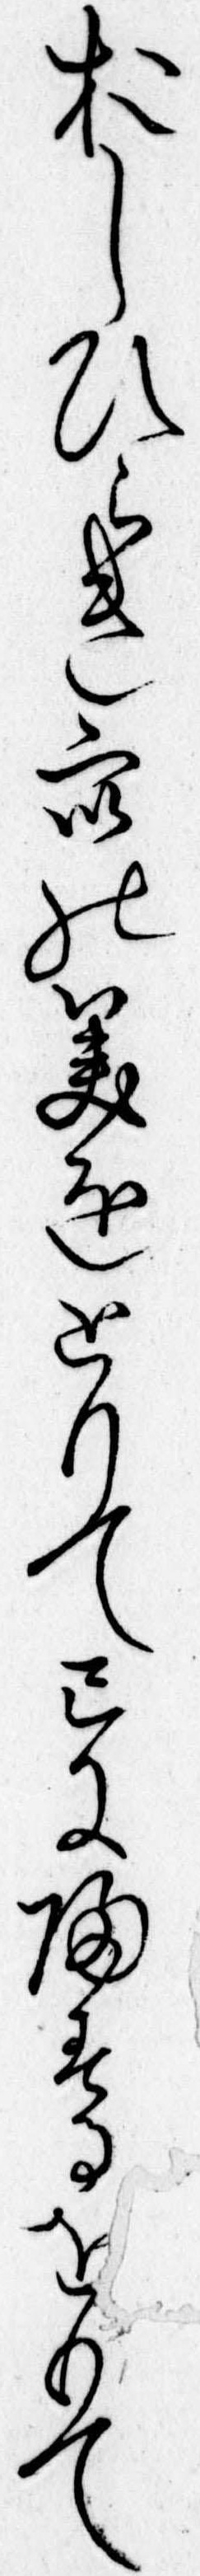
おしひらき衆の美をとりて己に帰するをもて